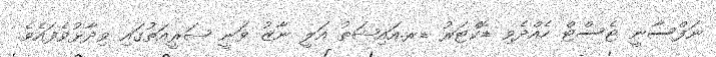
ނަފްސާނީ ޓެސްޓް ހެއްދެވި ޑޮކްޓަރު ޑރ.އައިޝަތު އަލީ ނާޒު ވަނީ ޝަރީއަތުގައި ވިދާޅުވެފައެވެ.